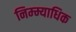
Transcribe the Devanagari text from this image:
निम्म्याधिक